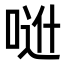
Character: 𠶆